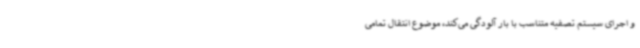
و اجرای سیستم تصفیه متناسب با بار آلودگی می‌کند، موضوع انتقال تمامی